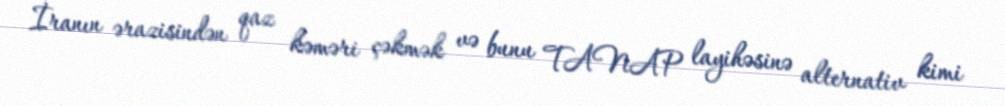
İranın ərazisindən qaz kəməri çəkmək və bunu TANAP layihəsinə alternativ kimi